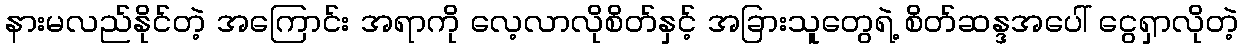
နားမလည်နိုင်တဲ့ အကြောင်း အရာကို လေ့လာလိုစိတ်နှင့် အခြားသူတွေရဲ့ စိတ်ဆန္ဒအပေါ် ငွေရှာလိုတဲ့